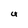
Character: U